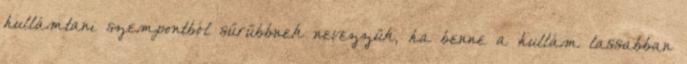
hullámtani szempontból sűrűbbnek nevezzük, ha benne a hullám lassabban